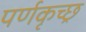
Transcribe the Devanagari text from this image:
पर्णकृच्छ्र